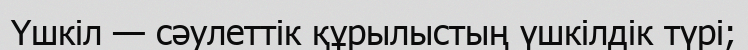
Үшкіл — сәулеттік құрылыстың үшкілдік түрі;